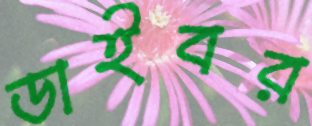
ডাইবর